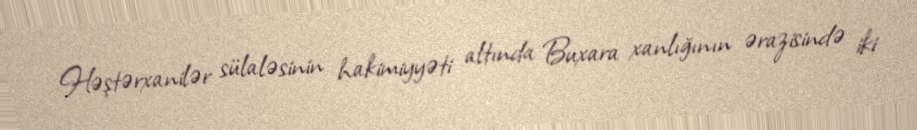
Həştərxanilər sülaləsinin hakimiyyəti altında Buxara xanlığının ərazisində iki